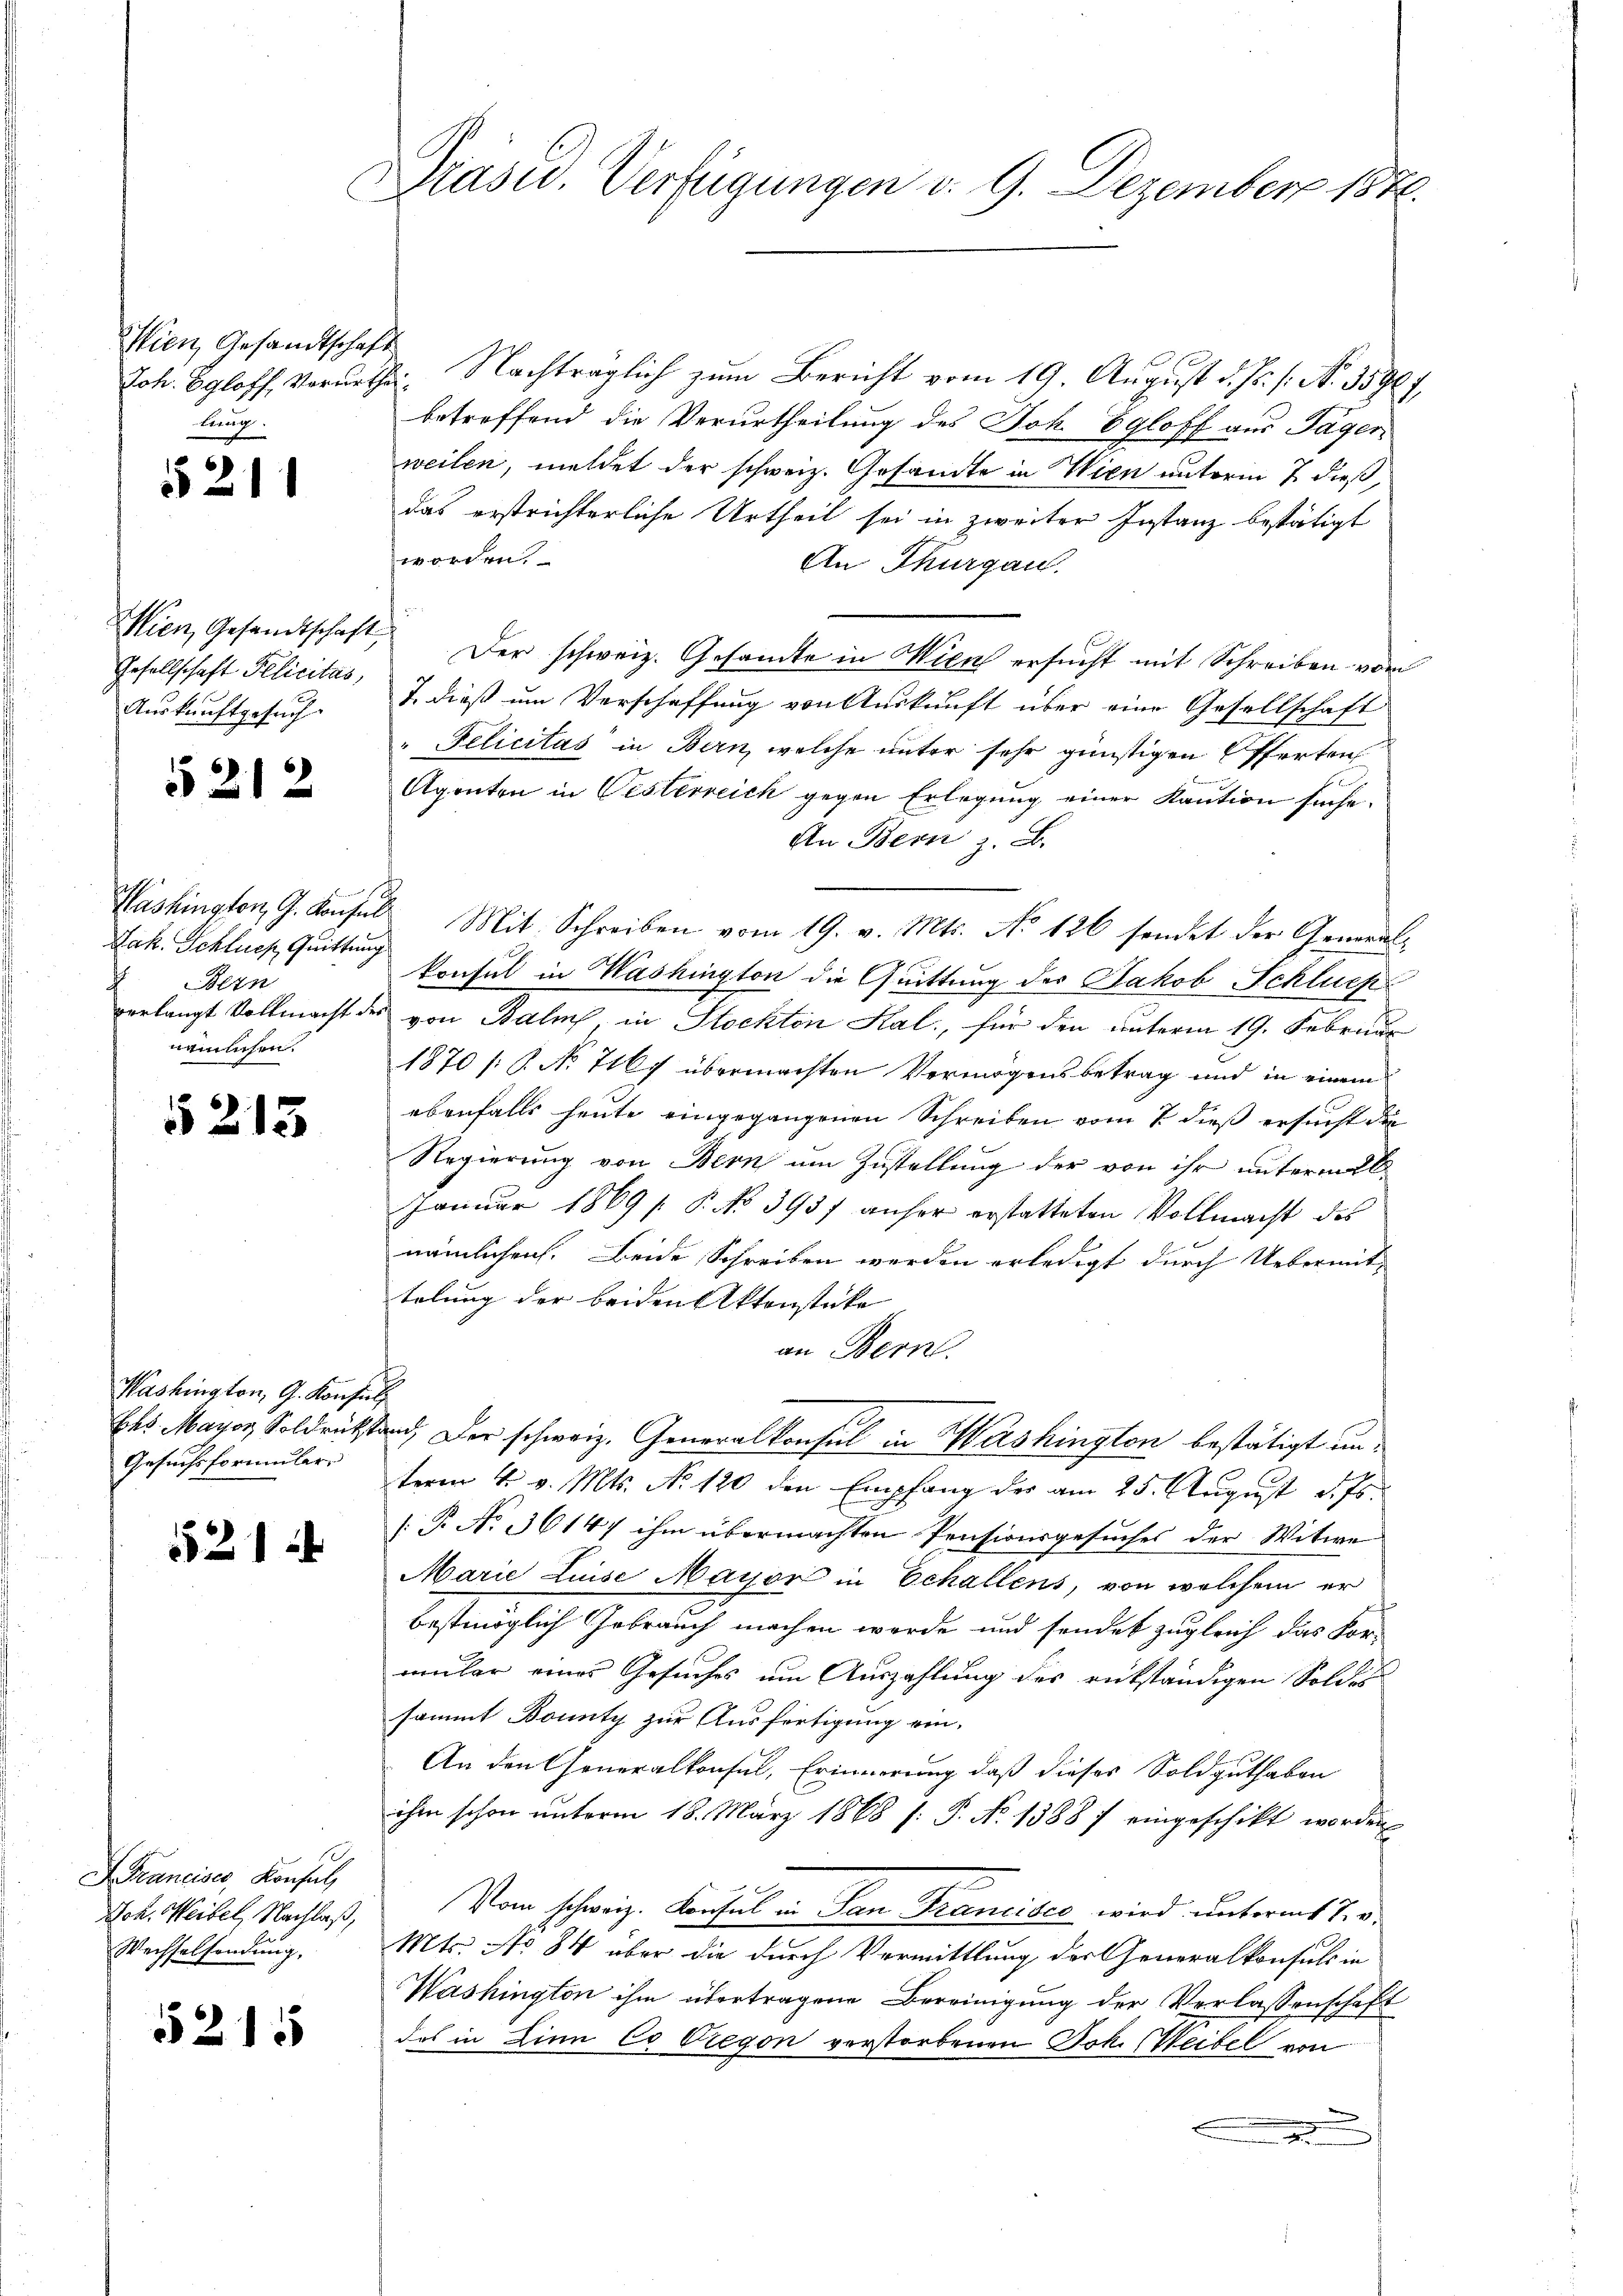
Wien, Gesandtschaf
Joh. Egloff, Vorurth
kinisch

§ 211

Wien, Gesandtschaft,
Gesellschaft Pelicitas,
Auskunftgesuch.

121

Lak. Schluch Quittung
Bern
c
nämlichen.

§213

Washington, G. Konsin
Ehs. Mayon Soldrückst
Gesuchsformuler.

521 x

I. Francises, Konsul
Joh. Weibel, Nachlaß,
Wechselsendung.

5215

Präsid. Verfügungen v. 9. Dezember 1840.

2. Nachträglich zum Bericht vom 19. August d. J. 1. No. 35967
.
betreffend die Verurtheilung des Joh. Egloff aus Jäger
weilen, meldet der schweiz. Gesandte in Wien unterm 7 dieß,
das erstrichterliche Urtheil sei in zweiter Instanz bestätigt
e
An Thurgau.
 Der schweiz. Gesamte in Wien ersucht mit Schreiben vom
J. dieß um Verschaffung von Auskunft über eine Gesellschaft
"Felicitas in Bern, welche unter sehr günstigen Offerten
Agenten in Vesterreich gegen Erlegung einer Kaution suche.
An Bern z. B.
Washington, G. Konsul Mit Schreiben vom 19. v. Mts. No 126 sendet der General-
konsul in Washington die Quittung des Jakob Schlues
verlangt Vollmacht des von Balins, in Stockten Kal., für den unterm 19. Februar
1870 [§ No 7167 übermachten Vermögensbetrag und in einem
ebenfalls heute eingegangenen Schreiben vom 7. dieß ersucht die
Regierung von Bern um Zustellung der von ihr unterm 26
Januar 1869 / P. No 3937 anher erstatteten Vollmacht des
nämlichen. Beide Schreiben werden erledigt durch Uebermittelung der beiden Aktenstücke |
an Bern.
c
sind, der schweiz. Generalkonsul in Washington bestätigt unterm 4. v. Mts. No 120 den Empfang der am 25. August d. Js.
[P No. 36147 ihm übermachten Pensionsgesuches der Witwe
Marie Luise Mayor in Echallens, von welchem er
bestmöglich Gebrauch machen worde und sonder zugleich das For-
müler eines Gesuches um Auszahlung des rükständigen Soldes
sammt Bounty zur Ausfertigung ein¬
An den Generalkonsul, Erinnerung, daß dieses Soldguthaben
ihm schon unterm 18. März 1868 (: P. Nr. 1388 / eingeschikt worden
Vom schweiz. Konsul in San Francisco wird unterm 7. d.
Mts. No 84 über die durch Vermittlung der Generalkonsuls in
Washington ihm übertragene Bereinigung der Verlassenschaft
das in Lina Co Gregon verstorbenen Joh. Weibel von